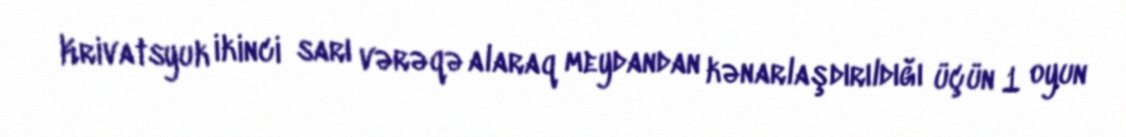
Krivatsyuk ikinci sarı vərəqə alaraq meydandan kənarlaşdırıldığı üçün 1 oyun